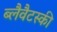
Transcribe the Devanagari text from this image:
ब्लैवैटस्की